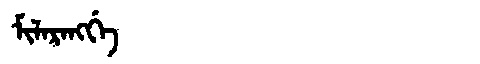
Manchu: ᠮᡳᠯᠠᡵᠠᠩᡤᡝ
Romanization: MILARANGGE